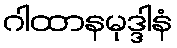
ဂါထာနမုဒ္ဒါနံ